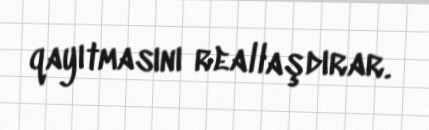
qayıtmasını reallaşdırar.